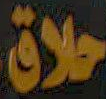
حلاق